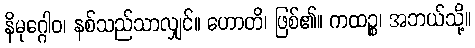
နိမုဂ္ဂေါဝ၊ နစ်သည်သာလျှင်။ ဟောတိ၊ ဖြစ်၏။ ကထဉ္စ၊ အဘယ်သို့။